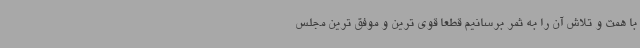
با همت و تلاش آن را به ثمر برسانیم قطعا قوی ترین و موفق ترین مجلس